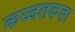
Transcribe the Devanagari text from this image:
कज्जलकला